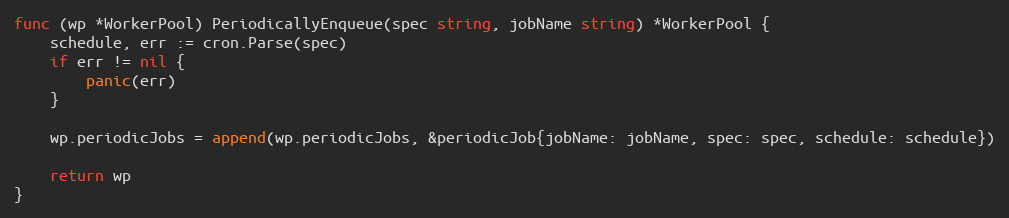
Language: Go
func (wp *WorkerPool) PeriodicallyEnqueue(spec string, jobName string) *WorkerPool {
	schedule, err := cron.Parse(spec)
	if err != nil {
		panic(err)
	}

	wp.periodicJobs = append(wp.periodicJobs, &periodicJob{jobName: jobName, spec: spec, schedule: schedule})

	return wp
}